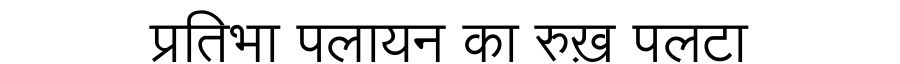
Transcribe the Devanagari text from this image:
प्रतिभा पलायन का रुख़ पलटा